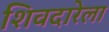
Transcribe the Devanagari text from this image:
शिवदारेला